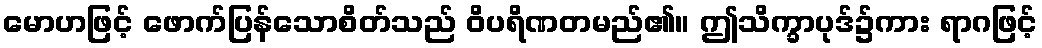
မောဟဖြင့် ဖောက်ပြန်သောစိတ်သည် ဝိပရိဏတမည်၏။ ဤသိက္ခာပုဒ်၌ကား ရာဂဖြင့်